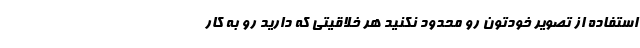
استفاده از تصویر خودتون رو محدود نکنید هر خلاقیتی که دارید رو به کار